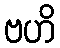
ဗဟိ